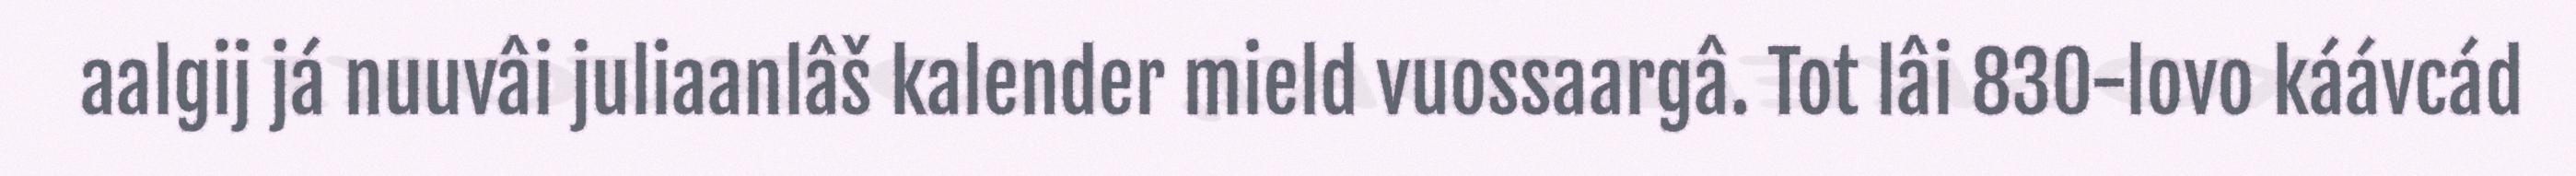
aalgij já nuuvâi juliaanlâš kalender mield vuossaargâ. Tot lâi 830-lovo káávcád